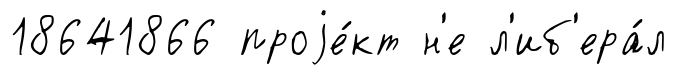
18641866 проjе́кт н'е л'иб'ера́л